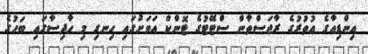
އިންޑިއާގެ އުތުރުގެ ރާޖަސްތާން ސްޓޭޓުގެ ޓޮންކް އަވަށުގައި ހިނގި މި ހާދިސާގައި ބަހުގެ